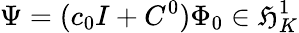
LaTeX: \Psi=(c_{0}I+C^{0})\Phi_{0}\in\mathfrak{H}_{K}^{1}